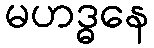
မဟဒ္ဓနေ